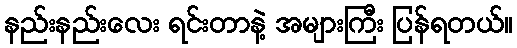
နည်းနည်းလေး ရင်းတာနဲ့ အများကြီး ပြန်ရတယ်။